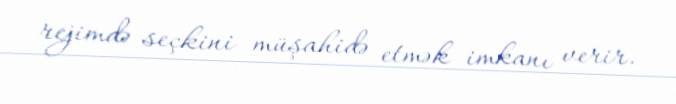
rejimdə seçkini müşahidə etmək imkanı verir.